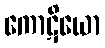
ကောဋိယော